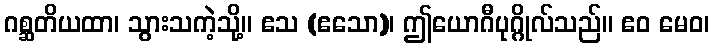
ဂစ္ဆတိယထာ၊ သွားသကဲ့သို့။ ဧသ (ဧသော)၊ ဤယောဂီပုဂ္ဂိုလ်သည်။ ဧဝ မေဝ၊